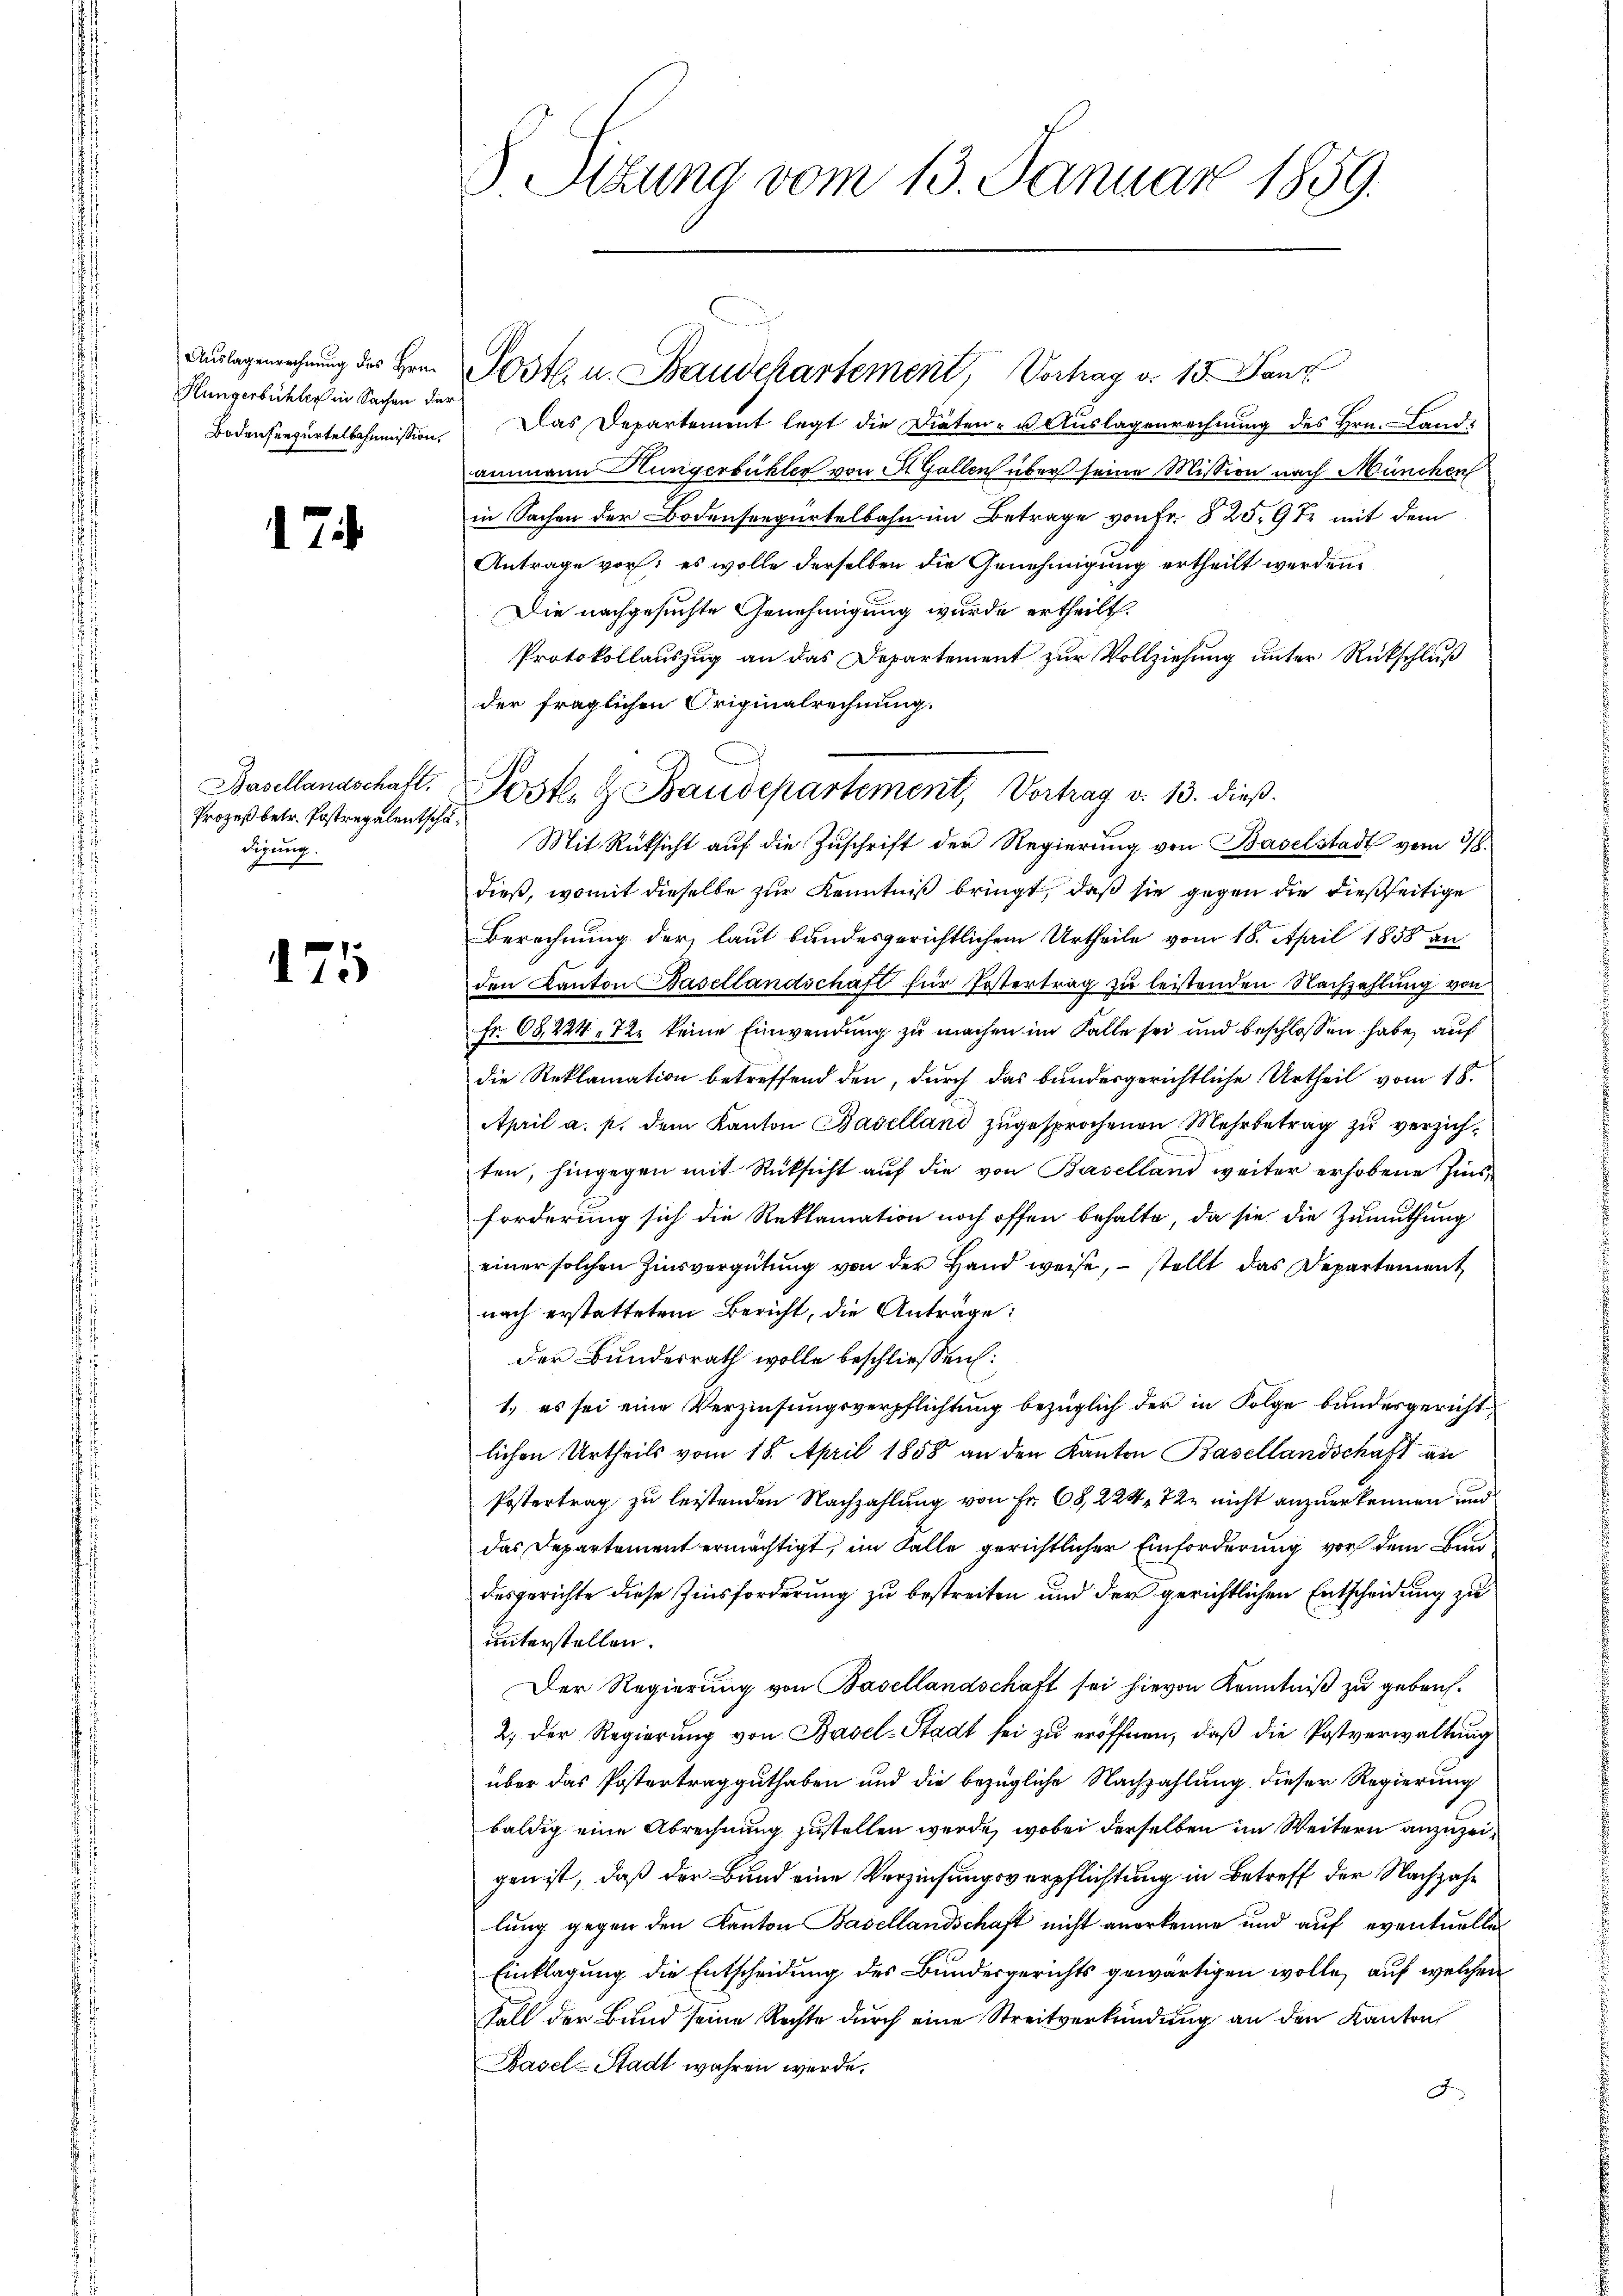
Hungerbühler in Sachen der

7

Prozeß betr. Postregalentschädigung.

175

§ Sizung vom 13. Januar 1859.

Bodenseegertelkommission. Das Departement legt die Diäten- u. Auslagenrechnung des Hrn. Land
ammann Hungerbühler von St. Gallen über seine Mission nach München
in Sachen der Bodenseegürtelbahn im Betrage von Fr. 825,972 mit dem
Antrage vor; es wolle derselben die Genehmigung ertheilt werden.
Die nachgesuchte Genehmigung wurde ertheilt.
Protokollauszug an das Departement zur Vollziehung unter Rückschluß
der fraglichen Originalrechnung.
Mit Rücksicht auf die Zuschrift der Regierung von Baselstadt vom 28.
dieß, womit dieselbe zur Kenntniß bringt, daß sie gegen die dießseitige
Berechnung der laut bundesgerichtlichem Urtheile vom 18. April 1858 an
den Kanton Basellandschaft für Postertrag zu leistenden Nachzahlung von
Fr. 68, 224. 72. keine Einwendung zu machen im Falle sei und beschlossen habe, auf
die Reklamation betreffend den, durch das bundesgerichtliche Urtheil vom 18.
April a. p. dem Kanton Baselland zugesprochenen Mehrbetrag zu verzichten, hingegen mit Rücksicht aŭf die von Baselland weiter erhobene Zinsforderung sich die Reklamation noch offen behalte, da sie die Zumuthung
einer solchen Zinsvergütung von der Hand weise, stellt das Departement
nach erstattetem Bericht, die Anträge:
der Bundesrath wolle beschliessen:
1. es sei eine Verzinsungsverpflichtung bezüglich der in Folge bundesgerichtlichen Urtheils vom 18. April 1858 an den Kanton Basellandschäft an
Postertrag zu leistenden Nachzahlung von Fr. 68, 224, 72 nicht anzuerkennen und
das Departement ermächtigt, im Falle gerichtlicher Einforderung vor dem Bundesgerichte diese Zinsforderung zu bestreiten und der gerichtlichen Entscheidung zu
unterstellen.
Der Regierung von Basellandschaft sei hievon Kenntniß zu gebens¬
2. Der Regierŭng von Basel-Stadt sei zu eröffnen, daß die Postverwaltung
über das Postertrag guthaben und die bezügliche Nachzahlung dieser Regierung
baldig eine Abrechnung zustellen werde, wobei derselben im Weitern anzuzeigen ist, daß der Bund eine Verzinsungsverpflichtung in Betreff der Nachzahlung gegen den Kanton Basellandschaft nicht anerkenne und auf eventuelle
Einklagung die Entscheidung des Bundesgerichts gewärtigen wolle, auf welchen
Fall der Bund seine Rechte durch eine Streitverkündung an den Kanton
Basel-Stadt wahren werde.
J

Auslagenrechnung des Hrn. Poste u. Baudekartement, Vortrag d. 13. Janz

Basellandschaft. Posten & Baudepartement, Vortrag v. 13. dieß.